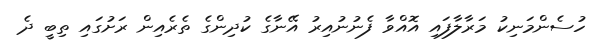
ހުސެންމަނިކު މަރާލާފައި އޮއްވާ ފެނުނުއިރު އޭނާގެ ކުދިންގެ ތެރެއިން ރަށުގައި ތިބީ ދެ